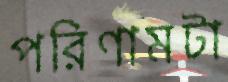
পরিণামটা